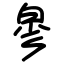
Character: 㣎